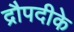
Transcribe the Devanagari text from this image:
द्रौपदीके